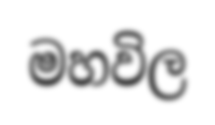
මහවිල